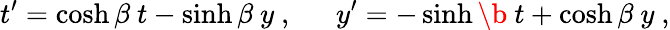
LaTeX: t^{\prime}=\cosh\beta\ t-\sinh\beta\ y\ ,\ \ \ \ \ \ y^{\prime}=-\sinh\b\ t+\cosh\beta\ y\ ,